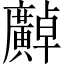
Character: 𫸍